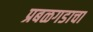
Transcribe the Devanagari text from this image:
प्रबळगडाचा